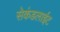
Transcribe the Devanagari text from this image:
सेकंडलाईट